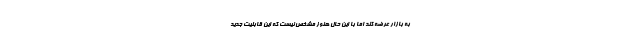
به بازار عرضه کند اما با این حال هنوز مشخص نیست که این قابلیت جدید